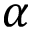
\alpha